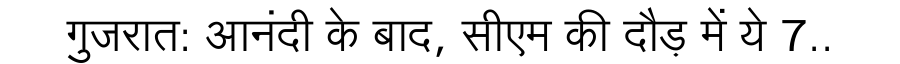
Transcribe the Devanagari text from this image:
गुजरात: आनंदी के बाद, सीएम की दौड़ में ये 7..